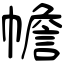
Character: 幨